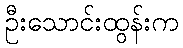
ဦးသောင်းထွန်းက